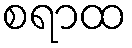
စရာထ